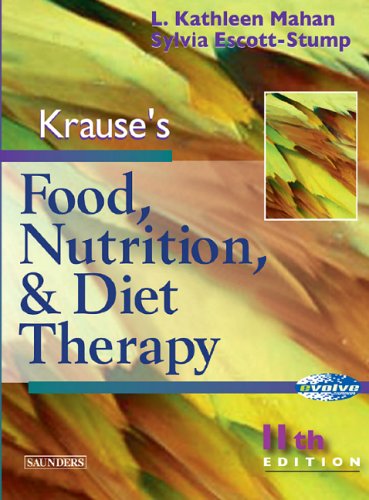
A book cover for Krause's Food, Nutrition and Diet Therapy; L. Kathleen Mahan; Medical Books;